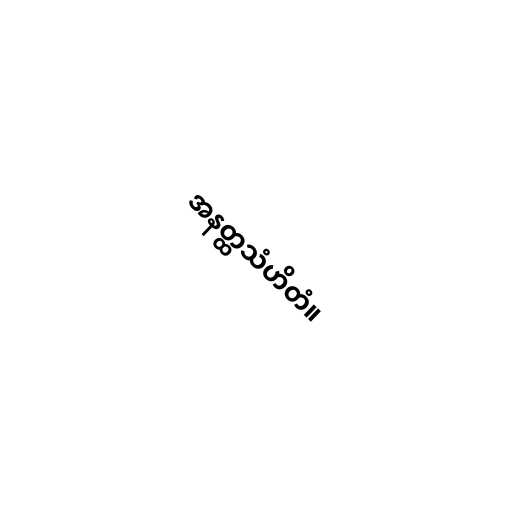
အနတ္ထသံဟိတံ။